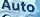
Auto